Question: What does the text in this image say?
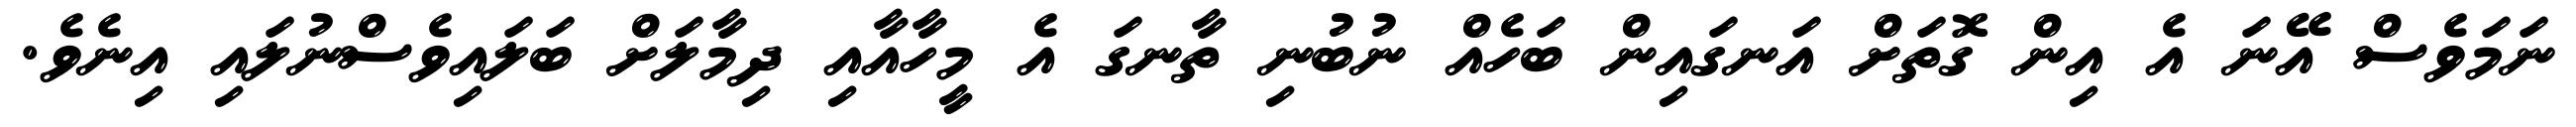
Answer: ނަމަވެސް އޭނަ އެ އިން ގޮތަށް އަނގައިން ބަހެއް ނުބުނި ތާނގަ އެ މީހާއާއި ދިމާލަށް ބަލައިވެސްނުލައި އިނެވެ.